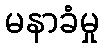
မနာခံမှု